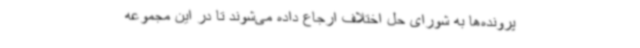
پرونده‌ها به شورای حل اختلاف ارجاع داده می‌شوند تا در این مجموعه